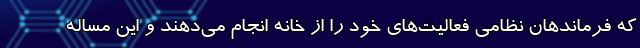
که فرماندهان نظامی فعالیت‌های خود را از خانه انجام می‌دهند و این مساله